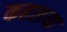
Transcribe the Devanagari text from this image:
कहलया